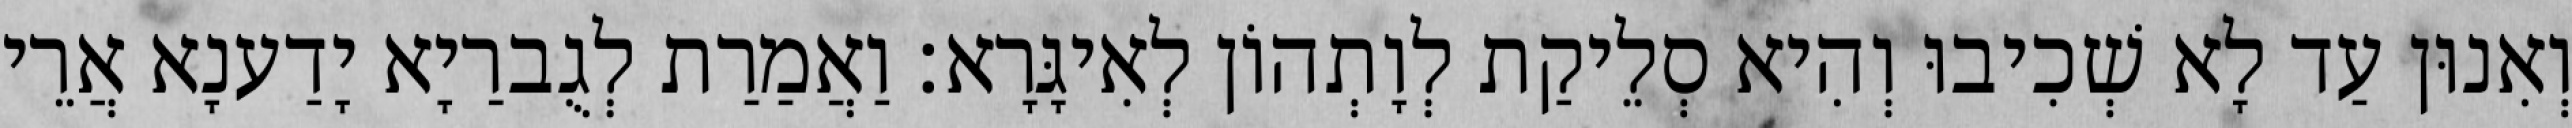
וְאִנוּן עַד לָא שְׁכִיבוּ וְהִיא סְלֵיקַת לְוָתְהוֹן לְאִיגָּרָא׃ וַאֲמַרַת לְגֻברַיָא יָדַענָא אֲרֵי